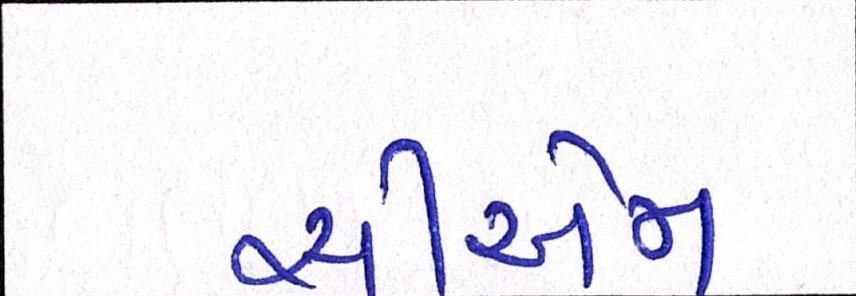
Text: સીએમ